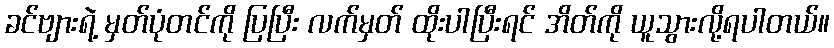
ခင်ဗျားရဲ့ မှတ်ပုံတင်ကို ပြပြီး လက်မှတ် ထိုးပါပြီးရင် အိတ်ကို ယူသွားလို့ရပါတယ်။